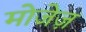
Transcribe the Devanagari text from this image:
मोजेज़